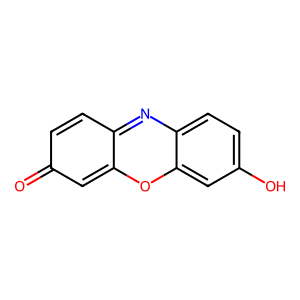
SMILES: O=c1ccc2nc3ccc(O)cc3oc-2c1
Inhibits HIV replication: No